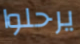
يرحلوا